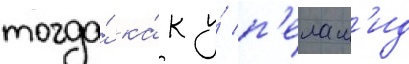
тогда́ ка́к у́ п'елам'ид